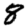
Digit: 8